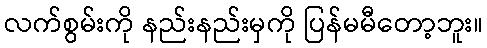
လက်စွမ်းကို နည်းနည်းမှကို ပြန်မမီတော့ဘူး။